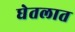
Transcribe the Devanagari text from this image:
घेतलात